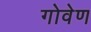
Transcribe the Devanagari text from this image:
गोवेण